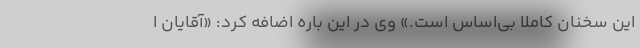
این سخنان کاملا بی‌اساس است.» وی در این باره اضافه کرد: «آقایان ا